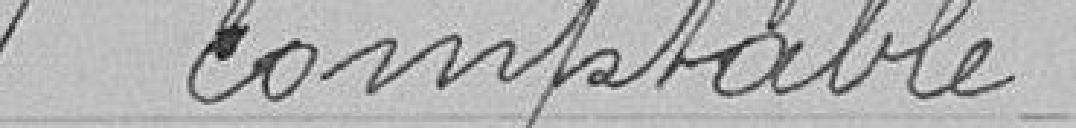
1 comptable